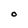
Character: O